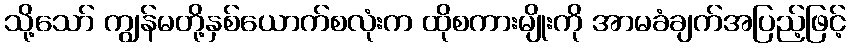
သို့သော် ကျွန်မတို့နှစ်ယောက်စလုံးက ထိုစကားမျိုးကို အာမခံချက်အပြည့်ဖြင့်